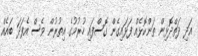
އަދި ދަތްދޮޅިން ތަންކޮޅެއް ފަޅައިގެން ގޮސްފައި ހުރުމުގެ އިތުރުން ވެސް އެފަދަ ބައެއް